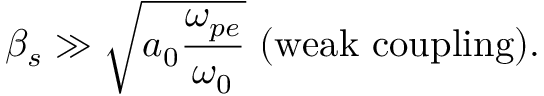
\beta _ { s } \gg \sqrt { a _ { 0 } \frac { \omega _ { p e } } { \omega _ { 0 } } } \ \mathrm { ( w e a k \ c o u p l i n g ) } .